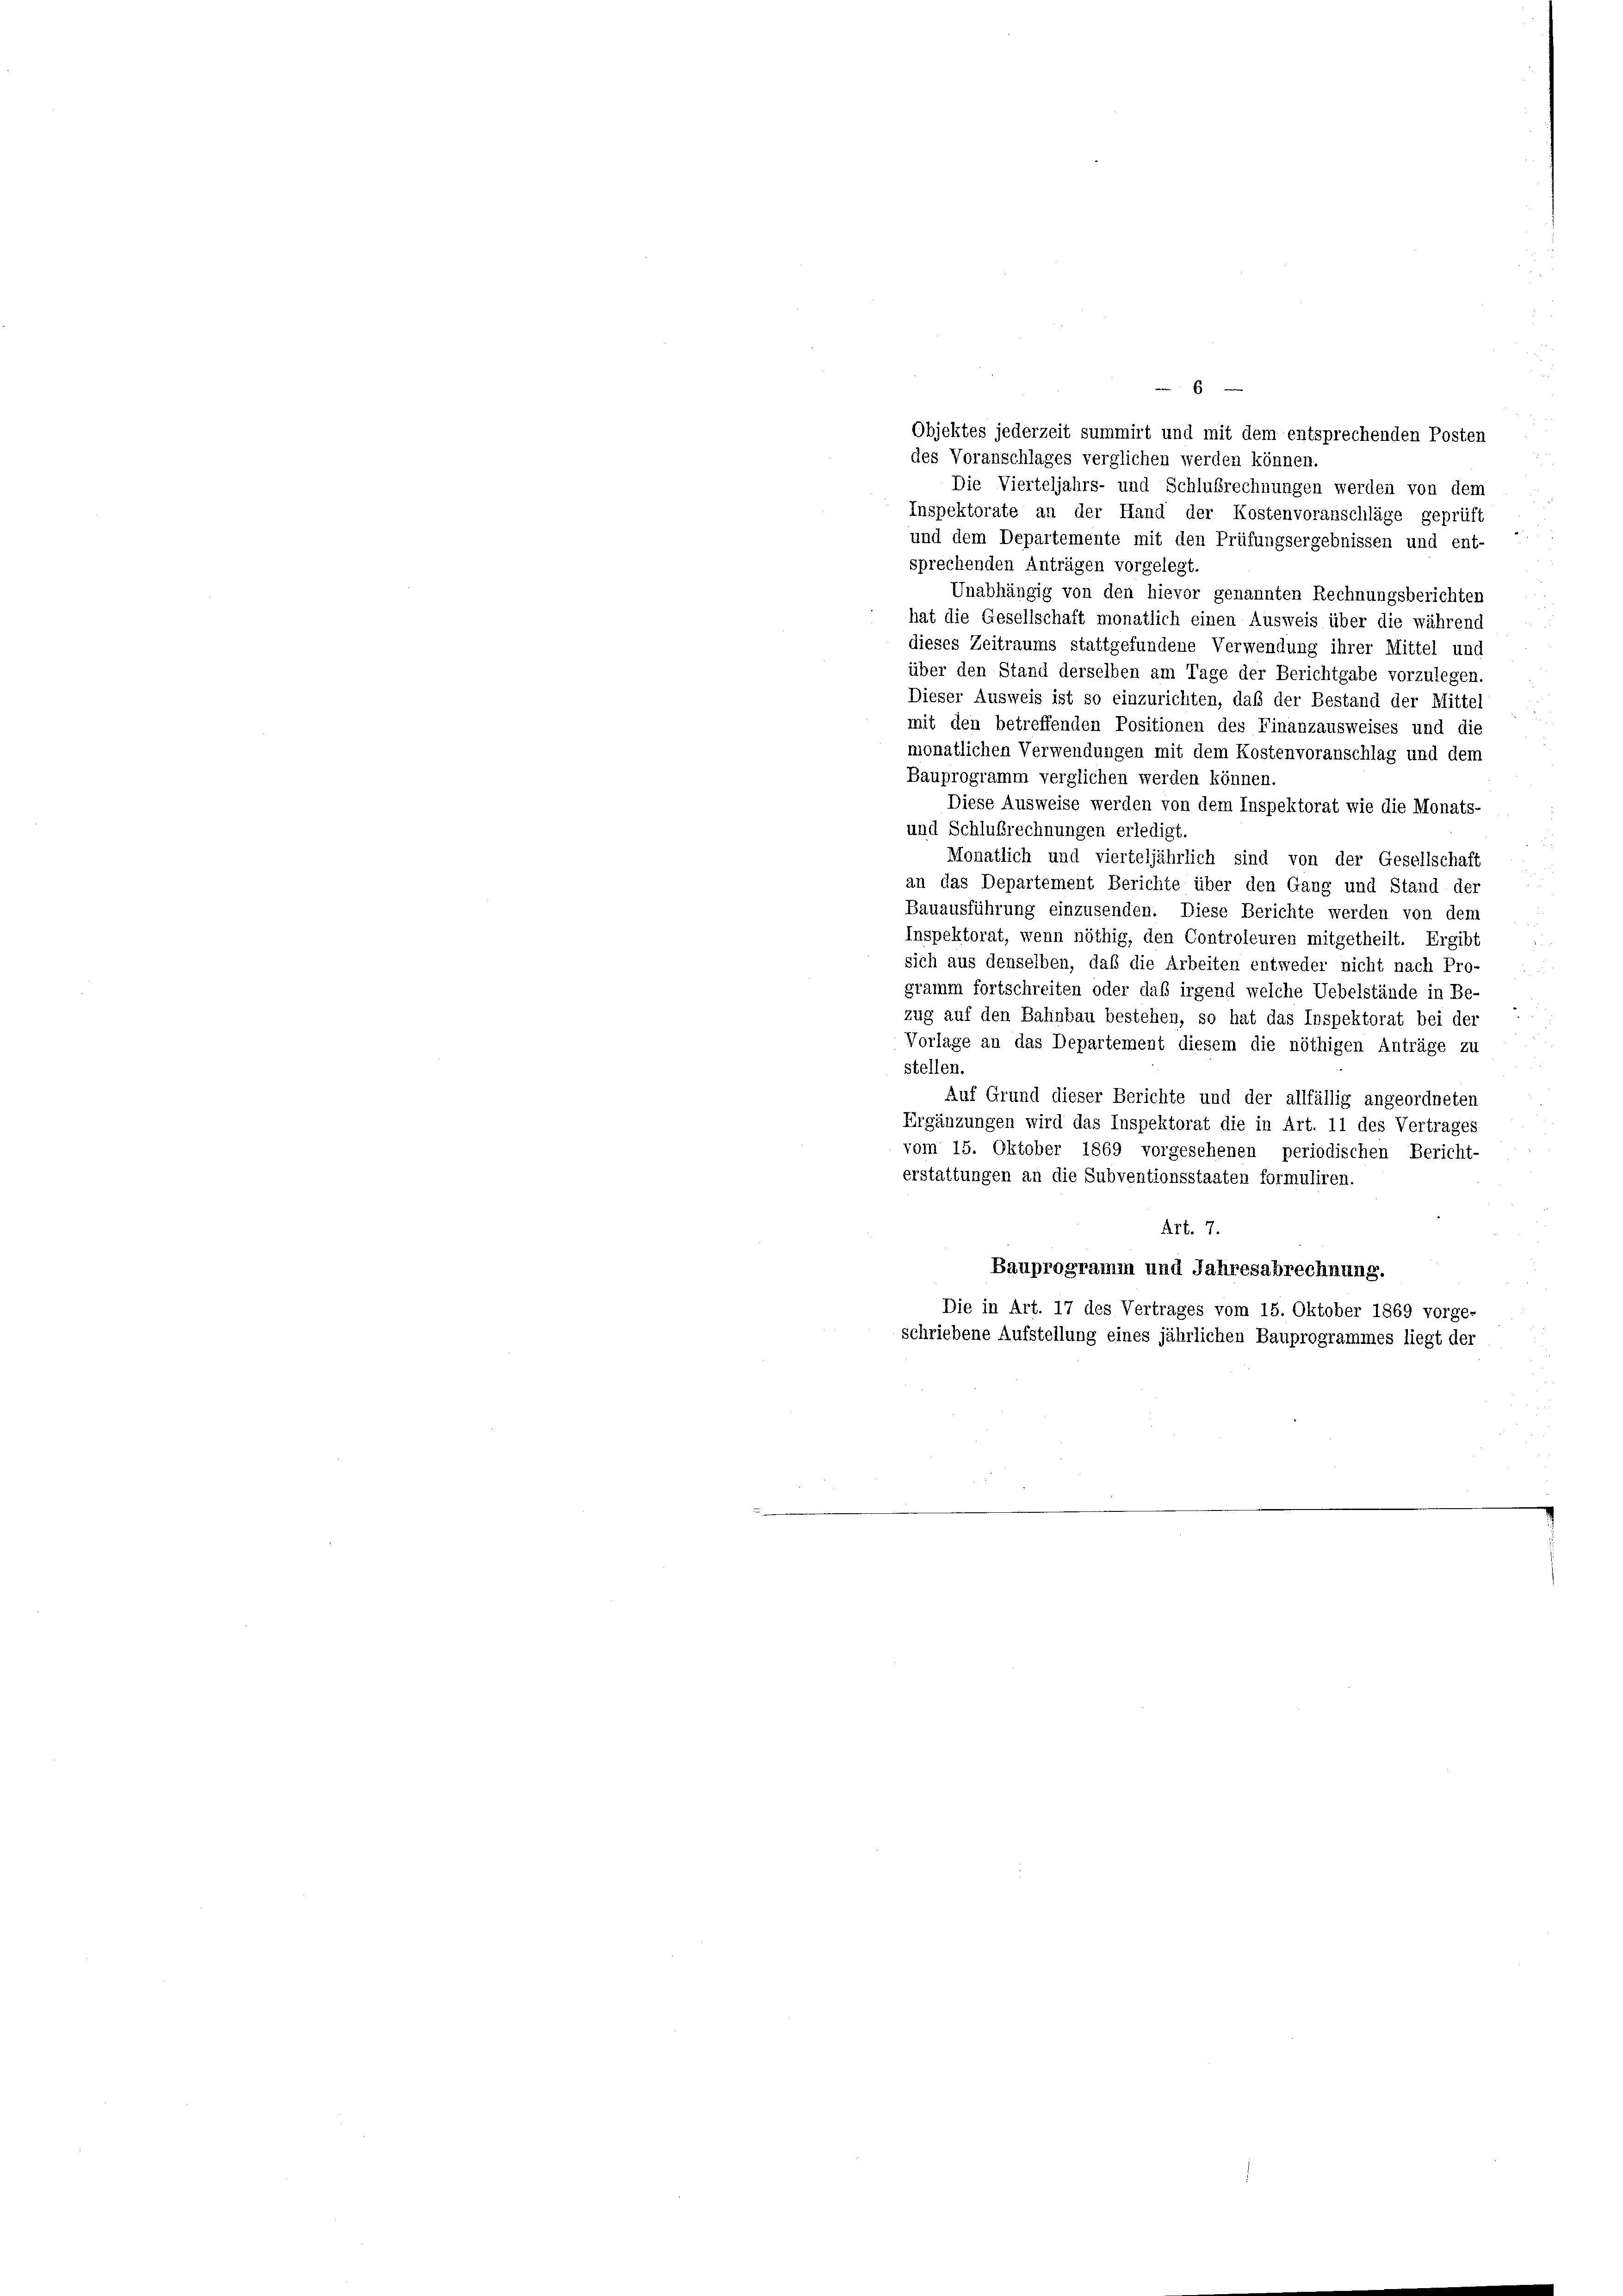
6
Objektes jederzeit summirt und mit dem entsprechenden Posten
des Voranschlages verglichen werden können.
Die Vierteljahrs- und Schlußrechnungen werden von dem
Inspektorate an der Hand der Kostenvoranschläge geprüft
und dem Departemente mit den Prüfungsergebnissen und ent-
sprechenden Anträgen vorgelegt.
Unabhängig von den hievor genannten Rechnungsberichten
hat die Gesellschaft monatlich einen Ausweis über die während
dieses Zeitraums stattgefundene Verwendung ihrer Mittel und
über den Stand derselben am Tage der Berichtgabe vorzulegen.
Dieser Ausweis ist so einzurichten, daß der Bestand der Mittel
mit den betreffenden Positionen des Finanzausweises und die
monatlichen Verwendungen mit dem Kostenvoranschlag und dem
Bauprogramm verglichen werden können.
Diese Ausweise werden von dem Inspektorat wie die Monats-
und Schlußrechnungen erledigt.
Monatlich und vierteljährlich sind von der Gesellschaft
an das Departement Berichte über den Gang und Stand der
Bauausführung einzusenden. Diese Berichte werden von dem
Inspektorat, wenn nöthig, den Controleuren mitgetheilt. Ergibt
sich aus denselben, daß die Arbeiten entweder nicht nach Pro-
gramm fortschreiten oder daß irgend welche Uebelstände in Be-
zug auf den Bahnbau bestehen, so hat das Inspektorat bei der
Vorlage an das Departement diesem die nöthigen Anträge zu
stellen.
Auf Grund dieser Berichte und der allfällig angeordneten
Ergänzungen wird das Inspektorat die in Art. 11 des Vertrages
vom 15. Oktober 1869 vorgesehenen periodischen Bericht-
erstattungen an die Subventionsstaaten formuliren.
Art. 7.
Bauprogramm und Jahresabrechnung.
Die in Art. 17 des Vertrages vom 15. Oktober 1869 vorge-
schriebene Aufstellung eines jährlichen Bauprogrammes liegt der